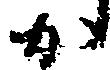
か